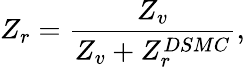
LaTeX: Z_{r}=\frac{Z_{v}}{Z_{v}+Z_{r}^{DSMC}},